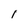
Character: 1